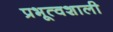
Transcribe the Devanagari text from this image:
प्रभूत्वशाली